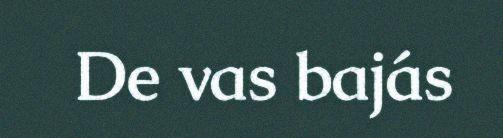
De vas bajás